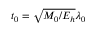
t _ { 0 } = \sqrt { M _ { 0 } / E _ { h } } \lambda _ { 0 }